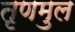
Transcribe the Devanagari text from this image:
तृणमुल